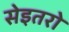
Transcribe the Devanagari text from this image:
सेइतरो